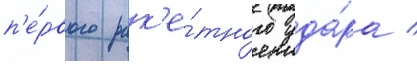
п'е́рвого рак'е́тного уда́ра /